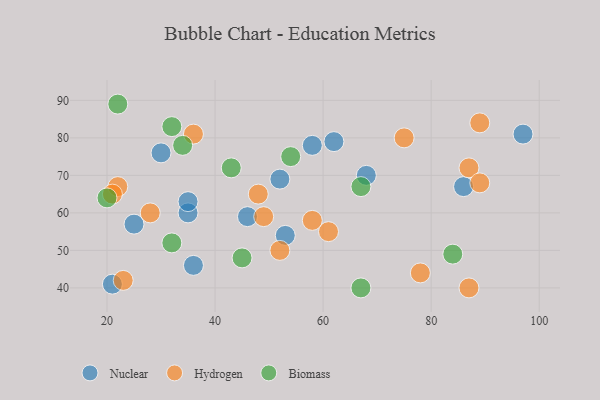
{"axis": {"x": "GDP", "y": "Life Expectancy"}, "legend": ["Biomass", "Hydrogen", "Nuclear"], "data": [{"x": "21", "y": 41, "type": "Nuclear"}, {"x": "35", "y": 60, "type": "Nuclear"}, {"x": "35", "y": 63, "type": "Nuclear"}, {"x": "46", "y": 59, "type": "Nuclear"}, {"x": "36", "y": 46, "type": "Nuclear"}, {"x": "62", "y": 79, "type": "Nuclear"}, {"x": "30", "y": 76, "type": "Nuclear"}, {"x": "58", "y": 78, "type": "Nuclear"}, {"x": "52", "y": 69, "type": "Nuclear"}, {"x": "86", "y": 67, "type": "Nuclear"}, {"x": "97", "y": 81, "type": "Nuclear"}, {"x": "25", "y": 57, "type": "Nuclear"}, {"x": "53", "y": 54, "type": "Nuclear"}, {"x": "68", "y": 70, "type": "Nuclear"}, {"x": "52", "y": 50, "type": "Hydrogen"}, {"x": "49", "y": 59, "type": "Hydrogen"}, {"x": "87", "y": 40, "type": "Hydrogen"}, {"x": "22", "y": 67, "type": "Hydrogen"}, {"x": "75", "y": 80, "type": "Hydrogen"}, {"x": "61", "y": 55, "type": "Hydrogen"}, {"x": "87", "y": 72, "type": "Hydrogen"}, {"x": "78", "y": 44, "type": "Hydrogen"}, {"x": "21", "y": 65, "type": "Hydrogen"}, {"x": "89", "y": 68, "type": "Hydrogen"}, {"x": "23", "y": 42, "type": "Hydrogen"}, {"x": "48", "y": 65, "type": "Hydrogen"}, {"x": "28", "y": 60, "type": "Hydrogen"}, {"x": "58", "y": 58, "type": "Hydrogen"}, {"x": "36", "y": 81, "type": "Hydrogen"}, {"x": "89", "y": 84, "type": "Hydrogen"}, {"x": "67", "y": 67, "type": "Biomass"}, {"x": "45", "y": 48, "type": "Biomass"}, {"x": "67", "y": 40, "type": "Biomass"}, {"x": "84", "y": 49, "type": "Biomass"}, {"x": "43", "y": 72, "type": "Biomass"}, {"x": "32", "y": 83, "type": "Biomass"}, {"x": "54", "y": 75, "type": "Biomass"}, {"x": "20", "y": 64, "type": "Biomass"}, {"x": "32", "y": 52, "type": "Biomass"}, {"x": "34", "y": 78, "type": "Biomass"}, {"x": "22", "y": 89, "type": "Biomass"}]}